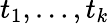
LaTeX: t_{1},\ldots,t_{k}